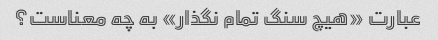
عبارت «هیچ سنگ تمام نگذار» به چه معناست؟